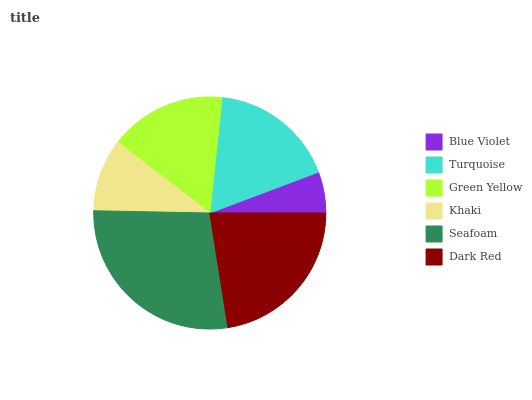
| Blue Violet | Turquoise | Green Yellow | Khaki | Seafoam | Dark Red |
 | --- | --- | --- | --- | --- | --- |
 | 5.73% | 17.7% | 16.2% | 10.1% | 27.8% | 22.4% |